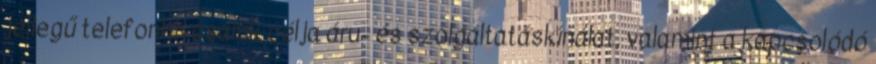
jellegű telefonhívásaink célja áru- és szolgáltatáskínálat, valamint a kapcsolódó